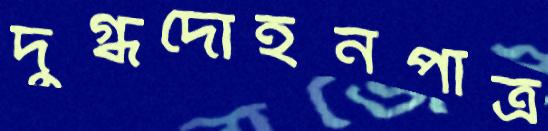
দুগ্ধদোহনপাত্র